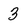
Character: 3